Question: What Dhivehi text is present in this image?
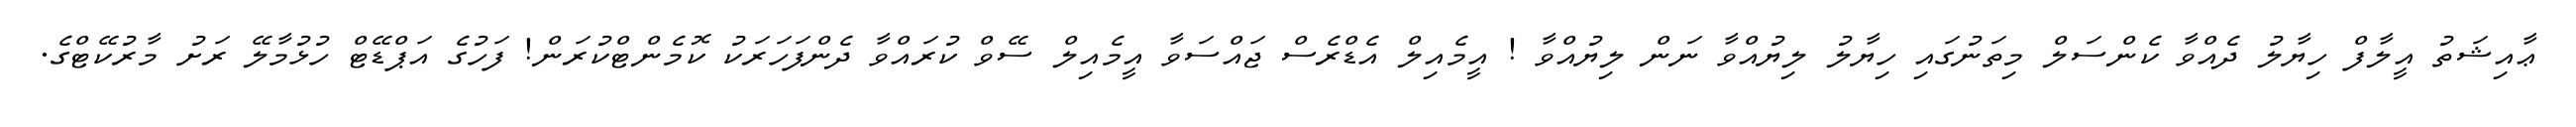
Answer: ޢާއިޝަތު އީލާފް ހިޔާލު ދެއްވާ ކެންސަލް މިތަނުގައި ހިޔާލު ލިޔުއްވާ ނަން ލިޔުއްވާ ! އީމެއިލް އެޑްރެސް ޖައްސަވާ އީމެއިލް ސޭވް ކުރައްވާ ދެންފަހަރަކު ކޮމެންޓްކުރަން! ފަހުގެ އަޕްޑޭޓް ހުޅުމާލޭ ރަށު މާރުކޭޓްގެ.